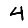
Digit: 4